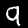
Label: 9